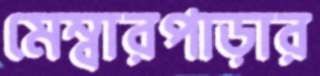
মেম্বারপাড়ার